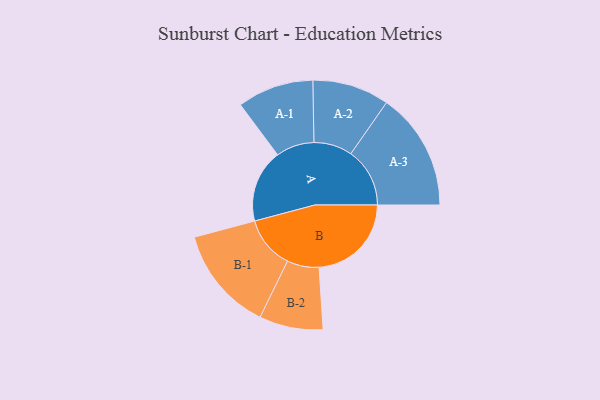
{"axis": {"x": "Segment", "y": "Value"}, "legend": ["", "A", "B"], "data": [{"x": "A", "y": 359, "type": ""}, {"x": "B", "y": 454, "type": ""}, {"x": "A-1", "y": 188, "type": "A"}, {"x": "A-2", "y": 189, "type": "A"}, {"x": "A-3", "y": 290, "type": "A"}, {"x": "B-1", "y": 258, "type": "B"}, {"x": "B-2", "y": 157, "type": "B"}]}